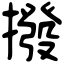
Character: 撥